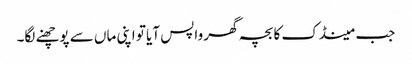
جب مینڈک کا بچہ گھر واپس آیا تو اپنی ماں سے پوچھنے لگا۔